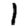
Digit: 1